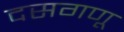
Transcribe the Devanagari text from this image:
दसगणू